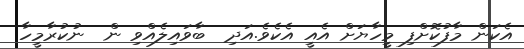
އެކަން މާފުކޮށްފި މީހާޔަށް އެއީ އެކެވެ.އަދި  ބާވައިލެއްވި ން  ނުކުރާމީހާ